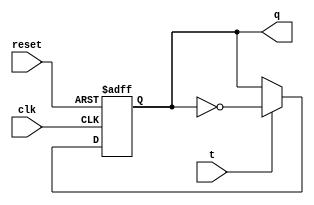
module t_flip_flop(
    input wire clk,
    input wire reset,
    input wire t,
    output reg q
);

always @(posedge clk or posedge reset)
begin
    if (reset)
        q <= 1'b0;
    else if (t)
        q <= ~q;
end

endmodule